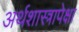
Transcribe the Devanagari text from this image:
अर्थशास्त्रापेक्षा